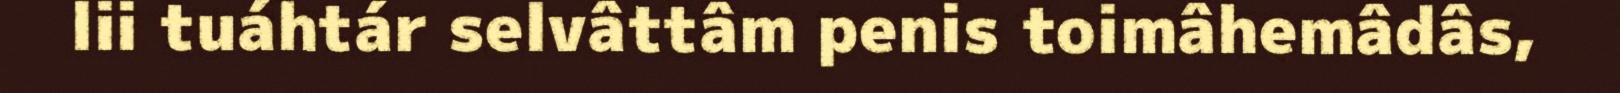
lii tuáhtár selvâttâm penis toimâhemâdâs,